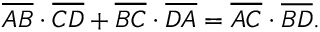
{ \overline { { A B } } } \cdot { \overline { { C D } } } + { \overline { { B C } } } \cdot { \overline { { D A } } } = { \overline { { A C } } } \cdot { \overline { { B D } } } .